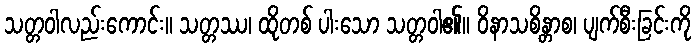
သတ္တဝါလည်းကောင်း။ သတ္တဿ၊ ထိုတစ် ပါးသော သတ္တဝါ၏။ ဝိနာသစိန္တာစ၊ ပျက်စီးခြင်းကို